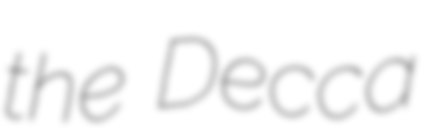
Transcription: the Decca